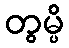
တွမ္ပိ